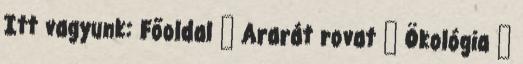
Itt vagyunk: Főoldal → Ararát rovat → Ökológia →